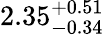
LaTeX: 2.35_{-0.34}^{+0.51}